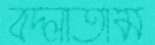
বদ্‌লাতাম